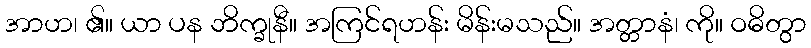
အာဟ၊ ၏။ ယာ ပန ဘိက္ခုနီ။ အကြင်ရဟန်း မိန်းမသည်။ အတ္တာနံ၊ ကို။ ဝဓိတွာ